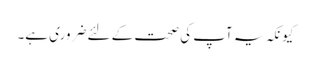
کیونکہ یہ آپ کی صحت کے لئے ضروری ہے۔